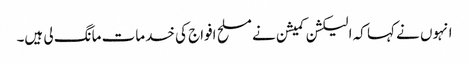
انہوں نے کہا کہ الیکشن کمیشن نے مسلح افواج کی خدمات مانگ لی ہیں۔